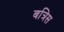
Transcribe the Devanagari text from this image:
बत्रिस